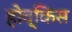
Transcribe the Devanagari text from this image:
होव्किंस